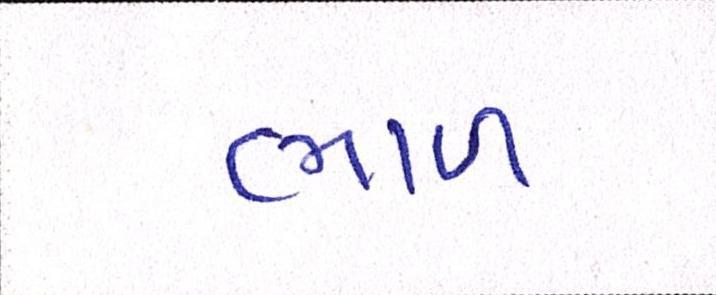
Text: ભાળ